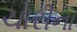
ચોરીના